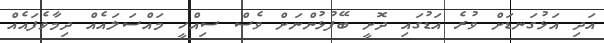
އަދި އަޅުގަނޑަށް ވުރެ އަޑުގައި ދޮށީ ބޭފުޅުންނަށް ވެސް ސިއްހީ މައްސަލައެއް ދިމާވެފައެއް